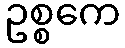
ဥစ္စကေ